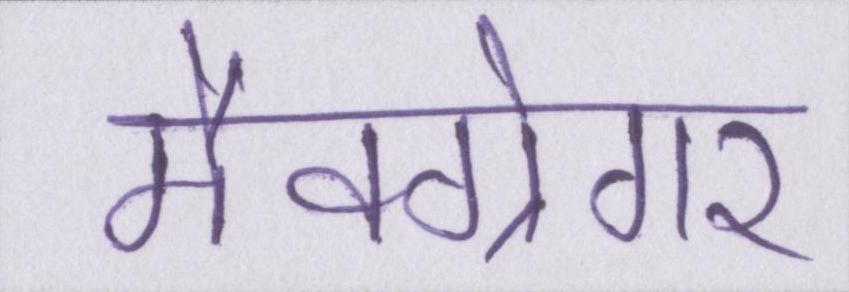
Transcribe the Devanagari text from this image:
मैक्ग्रेगर